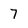
Character: 7